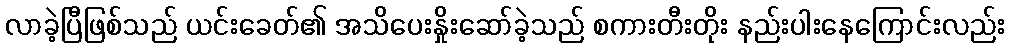
လာခဲ့ပြီဖြစ်သည် ယင်းခေတ်၏ အသိပေးနှိုးဆော်ခဲ့သည် စကားတီးတိုး နည်းပါးနေကြောင်းလည်း